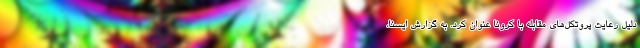
دلیل رعایت پروتکل‌های مقابله با کرونا عنوان کرد. به گزارش ایسنا،‌